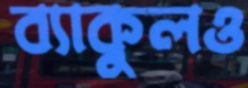
ব্যাকুলও